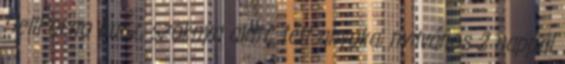
HellPorno busz, szoknya alatt, telt anyuka, nyilvános 2 nappal